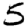
Digit: 5